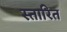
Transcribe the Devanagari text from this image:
स्तारित